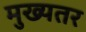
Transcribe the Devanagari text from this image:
मुख्यतर